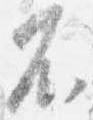
不